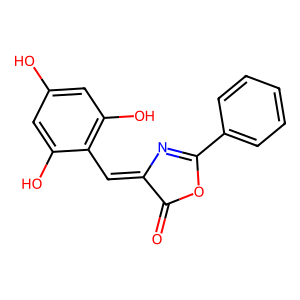
SMILES: O=C1OC(c2ccccc2)=NC1=Cc1c(O)cc(O)cc1O
Inhibits HIV replication: No